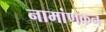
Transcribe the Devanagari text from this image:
नामांणकन